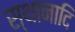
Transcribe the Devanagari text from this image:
स्थानादि